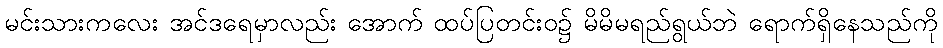
မင်းသားကလေး အင်ဒရေမှာလည်း အောက် ထပ်ပြတင်းဝ၌ မိမိမရည်ရွယ်ဘဲ ရောက်ရှိနေသည်ကို